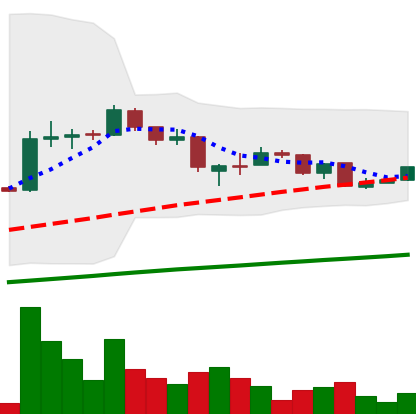
Ticker: LTC-USD
Chart end date: 2015-08-11
Forward return: -4.983%
Label: down_3_5